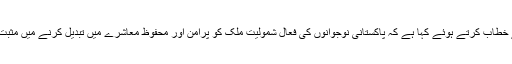
مقررین نے سیمینار سے خطاب کرتے ہوئے کہا ہے کہ پاکستانی نوجوانوں کی فعال شمولیت ملک کو پرامن اور محفوظ معاشرے میں تبدیل کرنے میں مثبت کردار ادا کر سکتی ہے۔